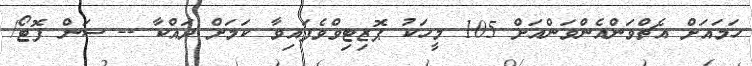
ހަމައަށް އެޗްވަންއެންވަންއަށް 105 މީހަކު ޕޮޒިޓިވްވެފައިވާ ކަމަށް ދައްކާ -- ސަން ފޮޓޯ/